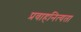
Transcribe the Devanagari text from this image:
प्रवाहनित्यता